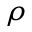
\rho